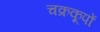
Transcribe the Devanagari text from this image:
चक्रकूपों